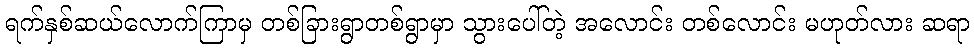
ရက်နှစ်ဆယ်လောက်ကြာမှ တစ်ခြားရွာတစ်ရွာမှာ သွားပေါ်တဲ့ အလောင်း တစ်လောင်း မဟုတ်လား ဆရာ